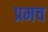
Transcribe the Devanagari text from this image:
प्रमच